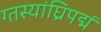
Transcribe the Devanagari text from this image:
ग्तस्यांघ्रिपद्मं